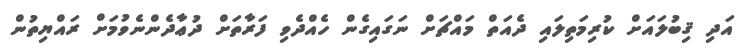
އަދި ޤިބުލައަށް ކުރިމަތިލައި ދެއަތް މައްޗަށް ނަގައިގެން ހެއްދެވި ފަރާތަށް ދުޢާދެންނެވުމަށް ރައްޔިތުން